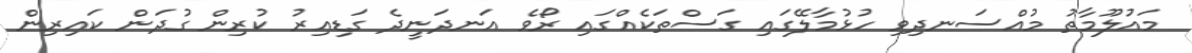
މައުލޫމާތު މުއްސަނދިވި ހުޅުމާލޭގައި ގަސްތަކެއްގައި ރޯވެ އަނދަނީދެ ގަޑިއިރު ކުރިން ގުދަން ކައިރިން